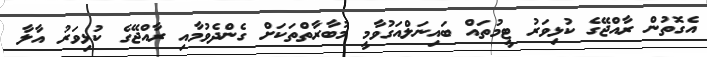
އެގޮތުން ރާއްޖޭގެ ކުޅިވަރު ޓީމުތައް ބައިނަލްއަގުވާމީ މުބާރާތްތަކަށް ގެންދެވުމާއި ރާއްޖޭގެ ކުޅިވަރު އާލާ